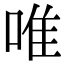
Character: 唯